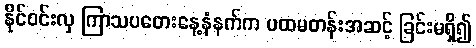
နိုင်ဝင်းလှ ကြာသပတေးနေ့နံနက်က ပထမတန်းအဆင့် ခြင်းမရှိ၍